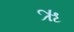
ૠ